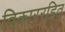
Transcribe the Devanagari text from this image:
विकाररहित